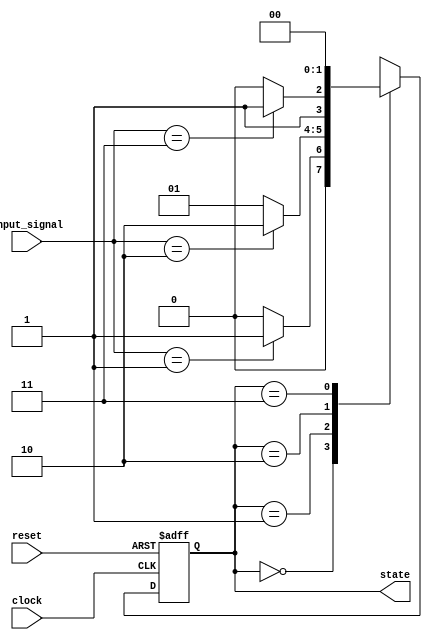
module sequential_logic (
    input wire clock,
    input wire reset,
    input wire [1:0] input_signal,
    output reg [1:0] state
);
    // State encoding
    localparam STATE0 = 2'b00;
    localparam STATE1 = 2'b01;
    localparam STATE2 = 2'b10;
    localparam STATE3 = 2'b11;

    // Synchronous reset and state transition
    always @(posedge clock or posedge reset) begin
        if (reset) begin
            // Asynchronous reset logic
            state <= STATE0; // Initialize to STATE0
        end else begin
            // State transition based on input_signal
            case (state)
                STATE0: begin
                    if (input_signal == 2'b01) begin
                        state <= STATE1;
                    end else begin
                        state <= STATE0;
                    end
                end
                STATE1: begin
                    if (input_signal == 2'b10) begin
                        state <= STATE2;
                    end else begin
                        state <= STATE1;
                    end
                end
                STATE2: begin
                    if (input_signal == 2'b11) begin
                        state <= STATE3;
                    end else begin
                        state <= STATE2;
                    end
                end
                STATE3: begin
                    // Transition back to STATE0 for this example
                    state <= STATE0;
                end
                default: state <= STATE0; // Default case
            endcase
        end
    end

endmodule